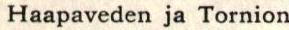
Haapaveden ja Tornion